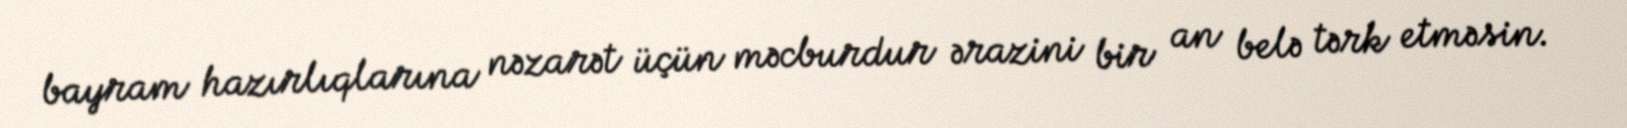
bayram hazırlıqlarına nəzarət üçün məcburdur ərazini bir an belə tərk etməsin.